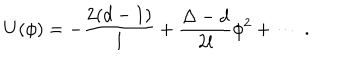
U ( \phi ) = - \frac { 2 ( d - 1 ) } l + \frac { \Delta - d } { 2 l } \phi ^ { 2 } + \cdots ~ .